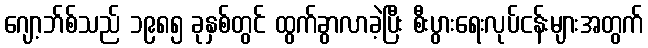
ဂျော့ဘ်စ်သည် ၁၉၈၅ ခုနှစ်တွင် ထွက်ခွာလာခဲ့ပြီး စီးပွားရေးလုပ်ငန်းများအတွက်